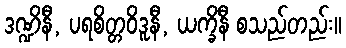
ဒဏ္ဍိနီ, ပရစိတ္တဝိဒူနီ, ယက္ခိနီ စသည်တည်း။